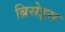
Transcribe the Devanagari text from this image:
ब्रिसेइस